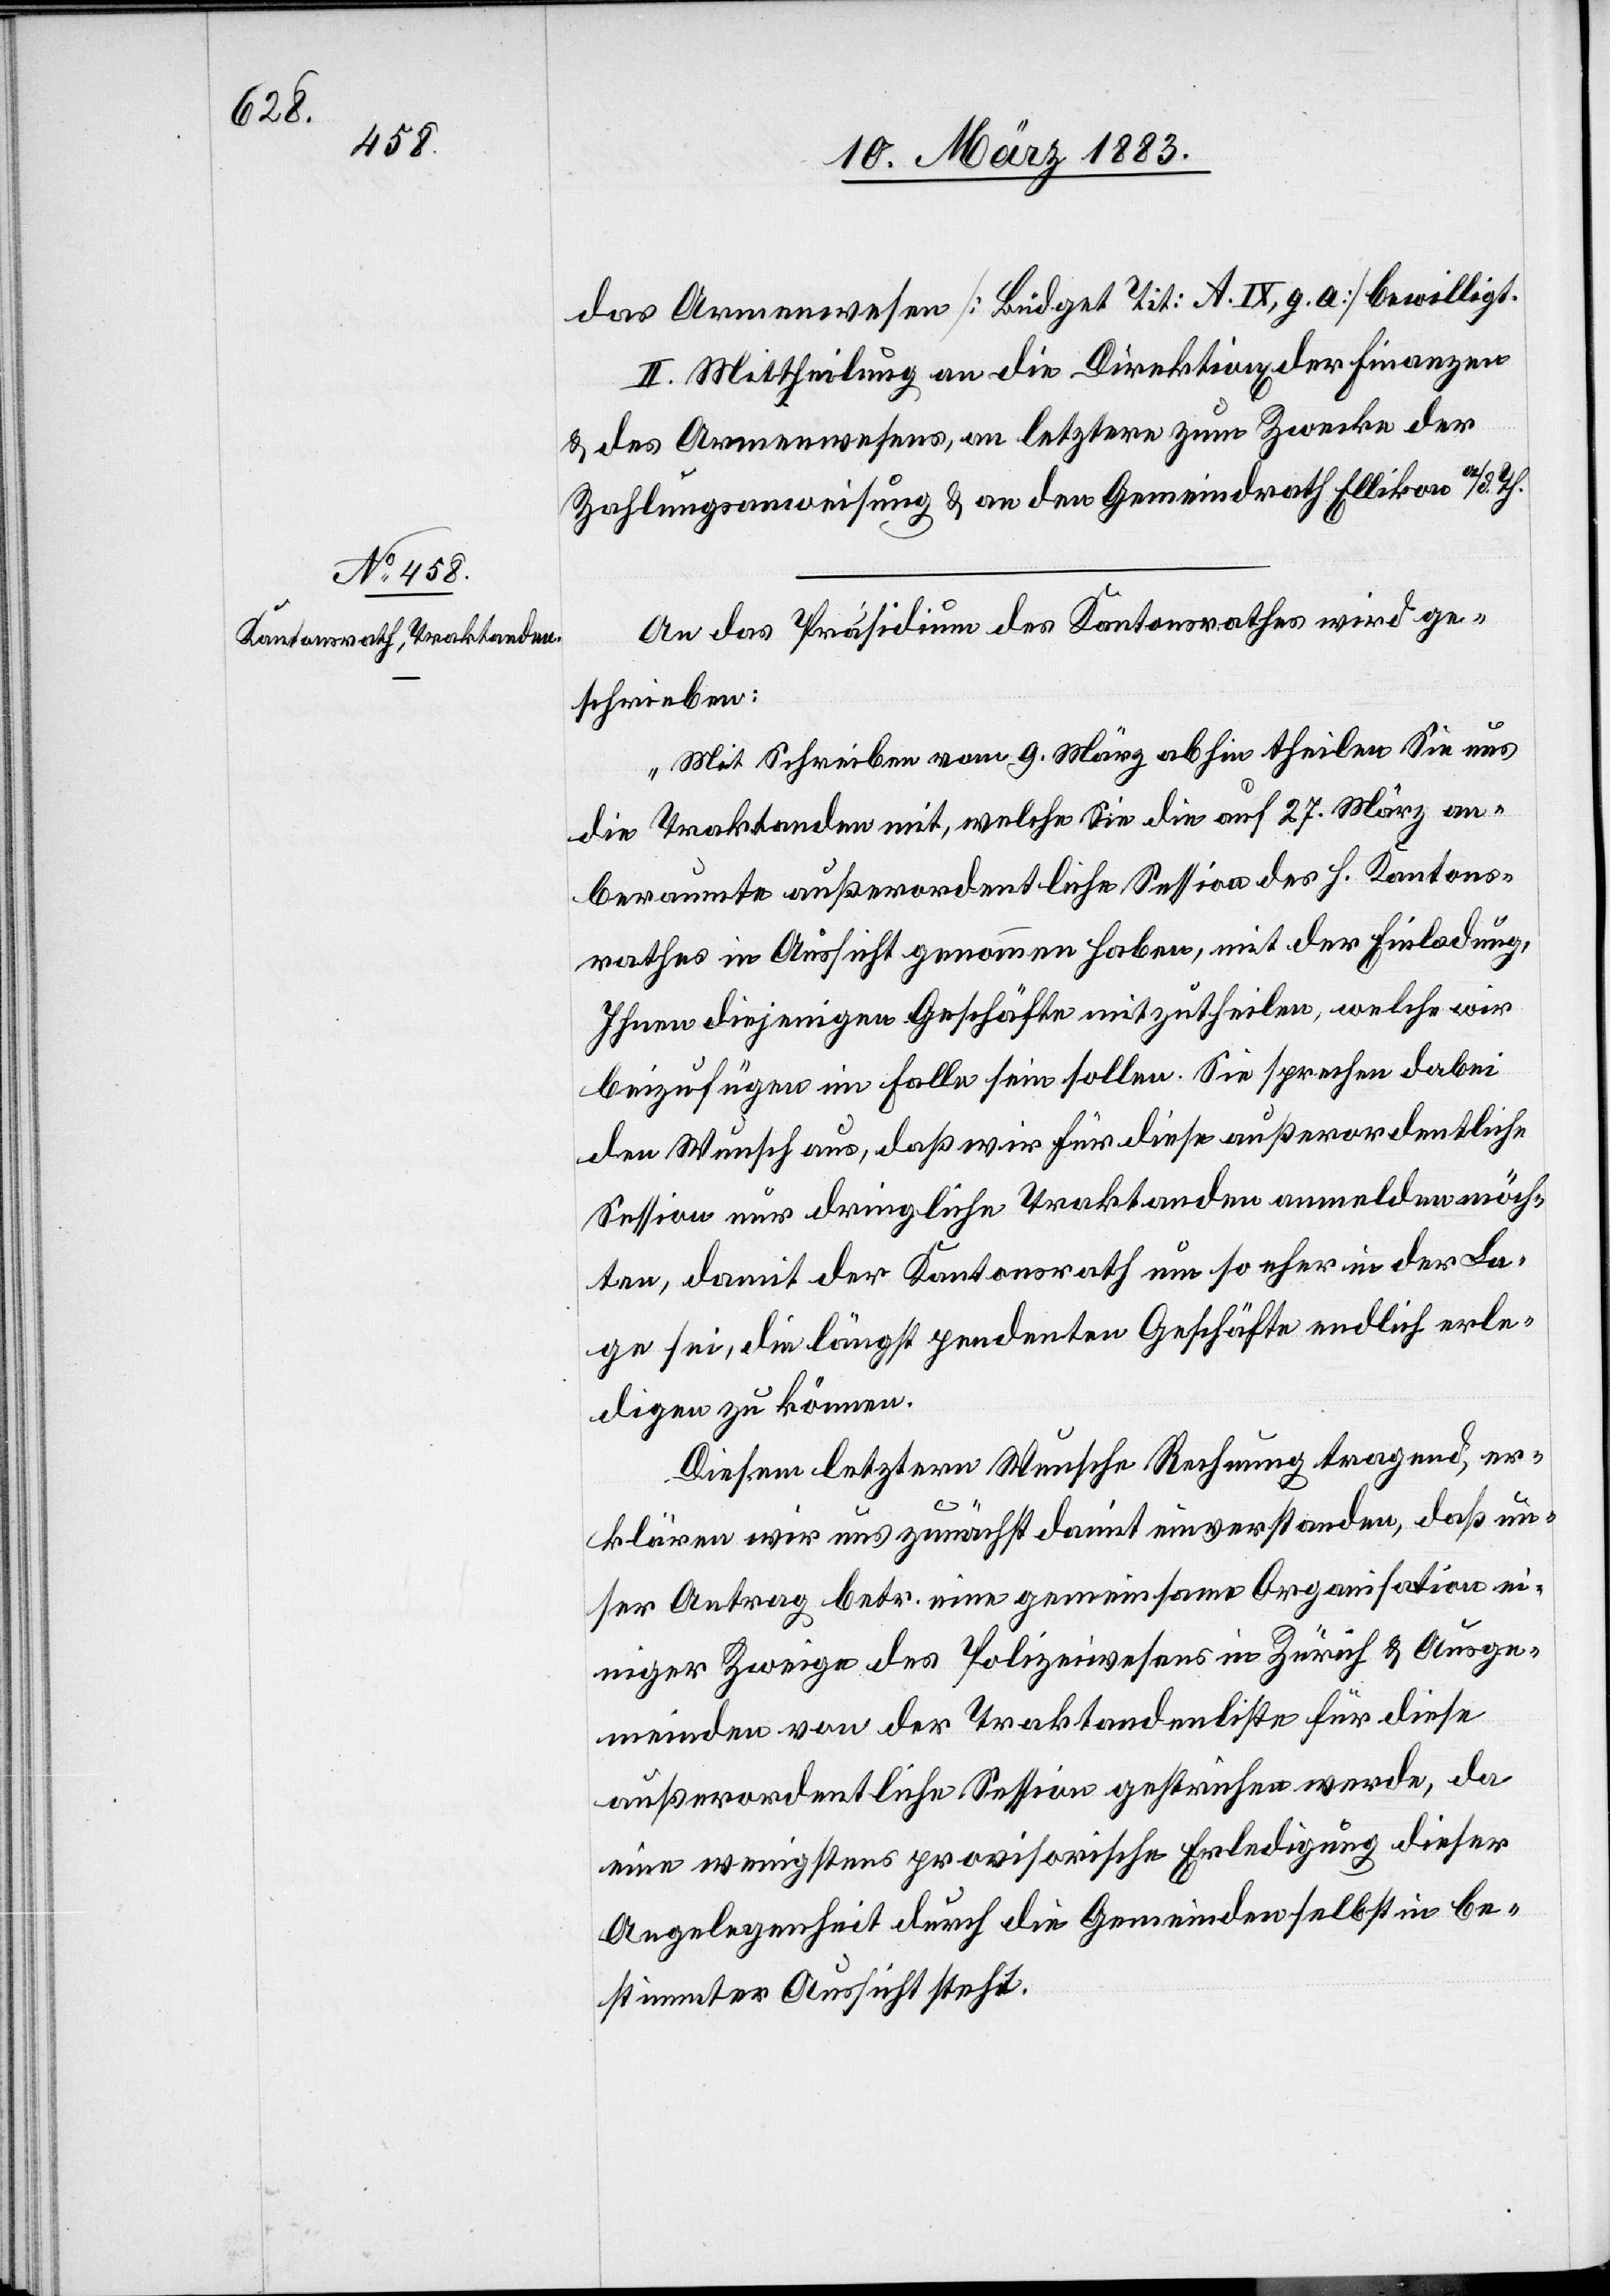
Abs.
15.